Vaccination North-Western Provinces and Oudh 1896-1901 - 1896-1901
Year: 1896
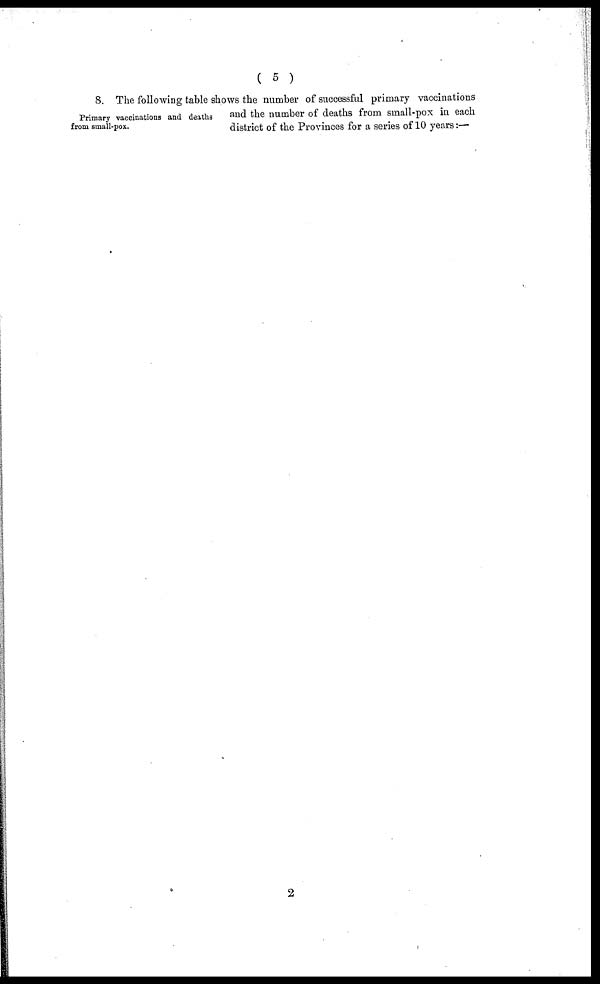
( 5 )
Primary vaccinations and deaths
from small-pox.
8. The following table shows the number of successful primary vaccinations
and the number of deaths from small-pox in each
district of the Provinces for a series of 10 years:—
2